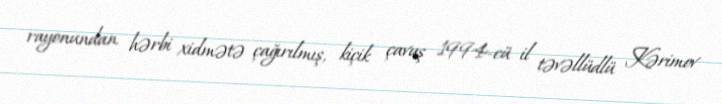
rayonundan hərbi xidmətə çağırılmış, kiçik çavuş 1994-cü il təvəllüdlü Kərimov